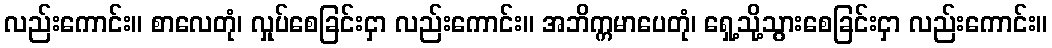
လည်းကောင်း။ စာလေတုံ၊ လှုပ်စေခြင်းငှာ လည်းကောင်း။ အဘိက္ကမာပေတုံ၊ ရှေ့သို့သွားစေခြင်းငှာ လည်းကောင်း။